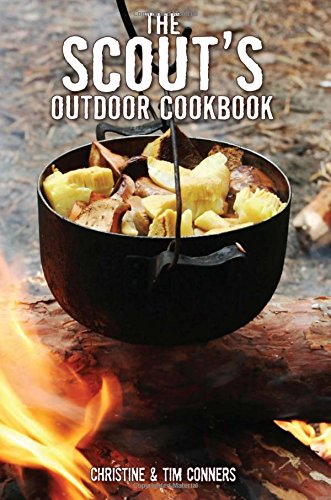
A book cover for Scout's Outdoor Cookbook (Falcon Guide); Christine Conners; Cookbooks, Food & Wine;